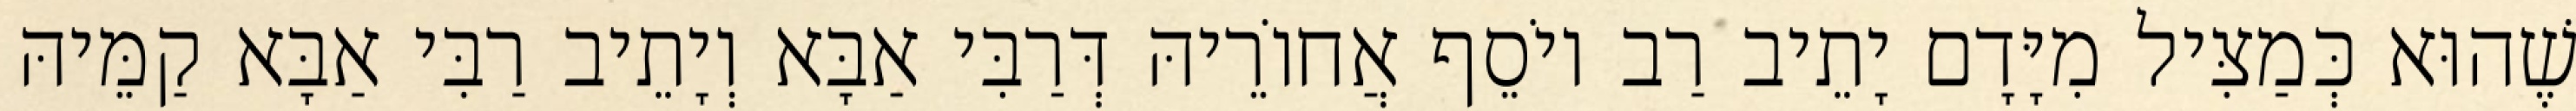
שֶׁהוּא כְּמַצִּיל מִיָּדָם יָתֵיב רַב יוֹסֵף אֲחוֹרֵיהּ דְּרַבִּי אַבָּא וְיָתֵיב רַבִּי אַבָּא קַמֵּיהּ